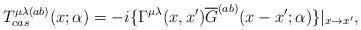
LaTeX: \begin{align*}T_{cas}^{\mu \lambda (ab)}(x;\alpha )=-i\{\Gamma ^{\mu\lambda}(x,x^{\prime }) \overline{G}^{(ab)}(x-x^{\prime};\alpha )\}|_{x\rightarrow x^{\prime }}, \end{align*}